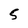
Character: 5